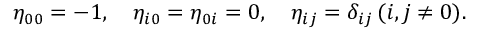
\eta _ { 0 0 } = - 1 , \quad \eta _ { i 0 } = \eta _ { 0 i } = 0 , \quad \eta _ { i j } = \delta _ { i j } \, ( i , j \neq 0 ) .